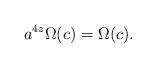
LaTeX: \begin{align*} a^{4z}\Omega(c)=\Omega(c). \end{align*}